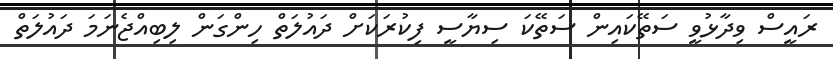
ރައީސް ވިދާޅުވީ ސަތޭކައިން ސަތޭކަ ސިޔާސީ ފިކުރަކަށް ދައުލަތް ހިންގަން ލިބިއްޖެނަމަ ދައުލަތް